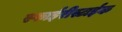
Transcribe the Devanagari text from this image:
स्फाईरीस्टाईक